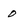
Character: 0